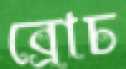
ব্রোচ